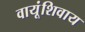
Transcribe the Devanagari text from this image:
वायूंशिवाय